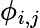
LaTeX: \phi_{i,j}